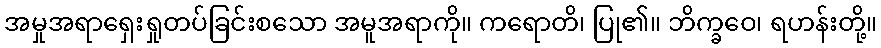
အမှုအရာရှေးရှုတပ်ခြင်းစသော အမူအရာကို။ ကရောတိ၊ ပြု၏။ ဘိက္ခဝေ၊ ရဟန်းတို့။